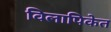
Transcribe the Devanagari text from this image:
विलापिकेत